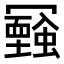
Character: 𠖧